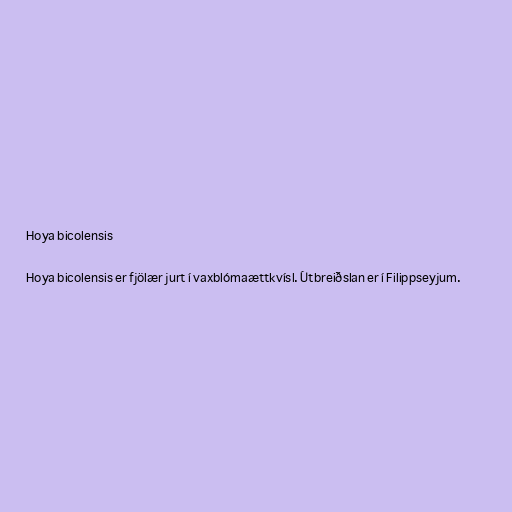
Hoya bicolensis

Hoya bicolensis er fjölær jurt í vaxblómaættkvísl. Útbreiðslan er í Filippseyjum.